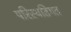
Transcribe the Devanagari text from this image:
परिस्थतिगत